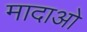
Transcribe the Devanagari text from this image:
मादाओ